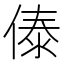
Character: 傣